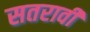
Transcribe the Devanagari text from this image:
सतरावी